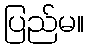
ပြည်မ။